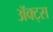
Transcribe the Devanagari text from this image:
ॲक्ट्स